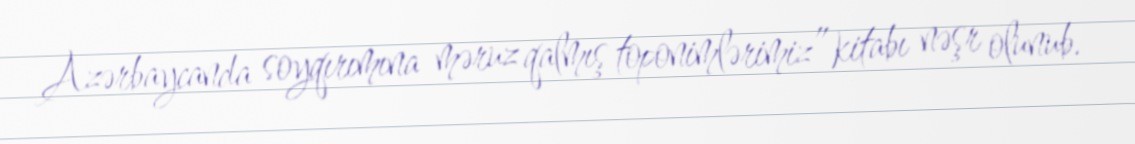
Azərbaycanda soyqırımına məruz qalmış toponimlərimiz” kitabı nəşr olunub.